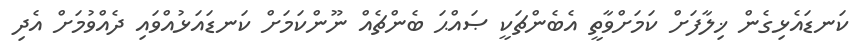
ކަނޑައެޅިގެން ޚިލާފަށް ކަމަށްވާތީ އެބެންޗަކީ ޞައްޙަ ބެންޗެއް ނޫންކަމަށް ކަނޑައަޅުއްވައި ދެއްވުމަށް އެދި